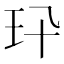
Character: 𤣭